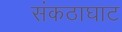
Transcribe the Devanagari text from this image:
संकठाघाट